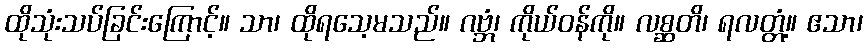
ထိုသုံးသပ်ခြင်းကြောင့်။ သာ၊ ထိုရသေ့မသည်။ ဂဗ္ဘံ၊ ကိုယ်ဝန်ကို။ လစ္ဆတိ၊ ရလတ္တံ့။ ဧသာ၊